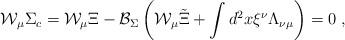
LaTeX: \begin{align*}{\cal W}_\mu \Sigma _c={\cal W}_\mu \Xi -{\cal B}_\Sigma \left( {\cal W}_\mu \tilde{\Xi}+\int d^2x\xi ^\nu \Lambda _{\nu \mu }\right) =0\;, \end{align*}